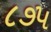
૮૭૫